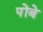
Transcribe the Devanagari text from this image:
पोंबे